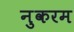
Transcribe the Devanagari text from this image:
नुकरम